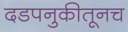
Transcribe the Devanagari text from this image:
दडपनुकीतूनच